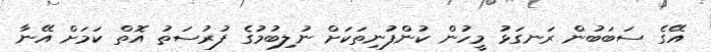
އޭގެ ސަބަބުން ރަނގަޅު މީހުން ކުންފުނިތަކަށް ނުލިބުމުގެ ފުރުސަތު އޮތް ކަމަށް އޭނާ